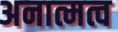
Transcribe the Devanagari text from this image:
अनात्मत्व